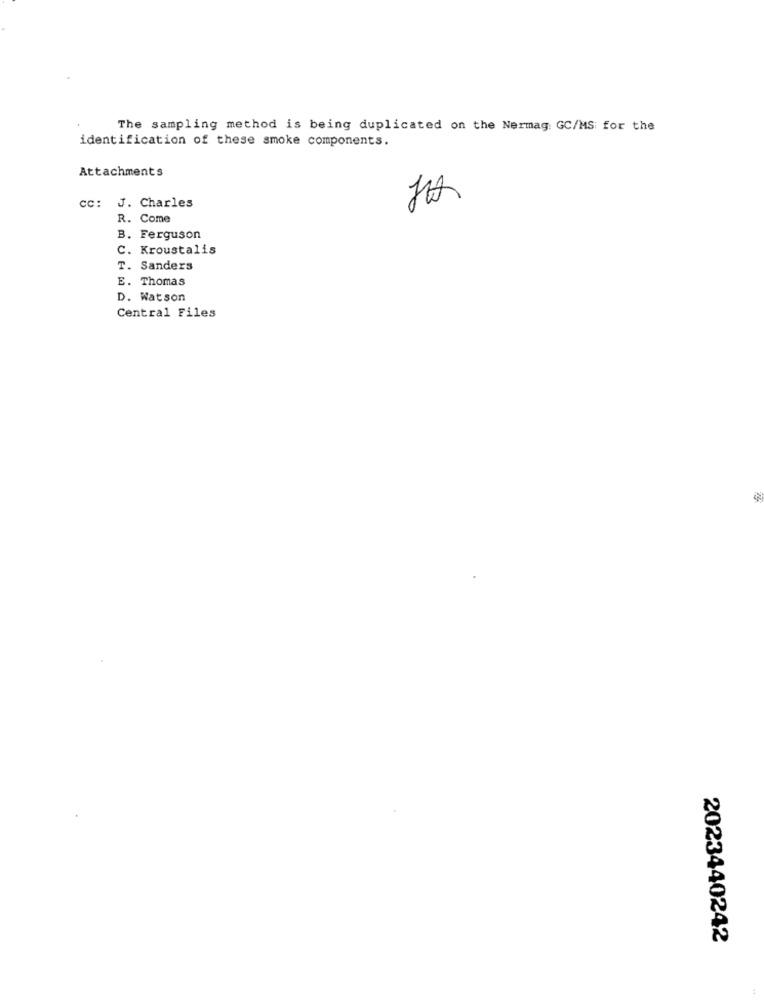
The sampling method is being duplicated on the Nermag: GC/MS for the
identification of these smoke components.
Attachments
820
cc: J. Charles
R. Come
B. Ferguson
C. Kroustalis
T. Sanders
E. Thomas
D. Watson
Central Files
2023440242